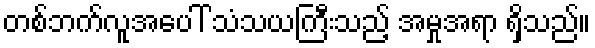
တစ်ဘက်လူအပေါ် သံသယကြီးသည့် အမှုအရာ ရှိသည်။